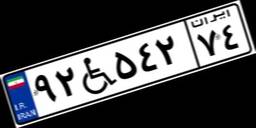
۹۲W۵۴۲۷۴